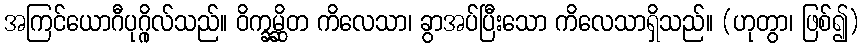
အကြင်ယောဂီပုဂ္ဂိုလ်သည်။ ဝိက္ခမ္ဆိတ ကိလေသာ၊ ခွာအပ်ပြီးသော ကိလေသာရှိသည်။ (ဟုတွာ၊ ဖြစ်၍)